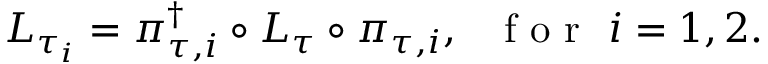
{ L } _ { \tau _ { i } } = \pi _ { \tau , i } ^ { \dagger } \circ { L } _ { \tau } \circ \pi _ { \tau , i } , \ \ \mathrm { ~ f ~ o ~ r ~ } \ i = 1 , 2 .